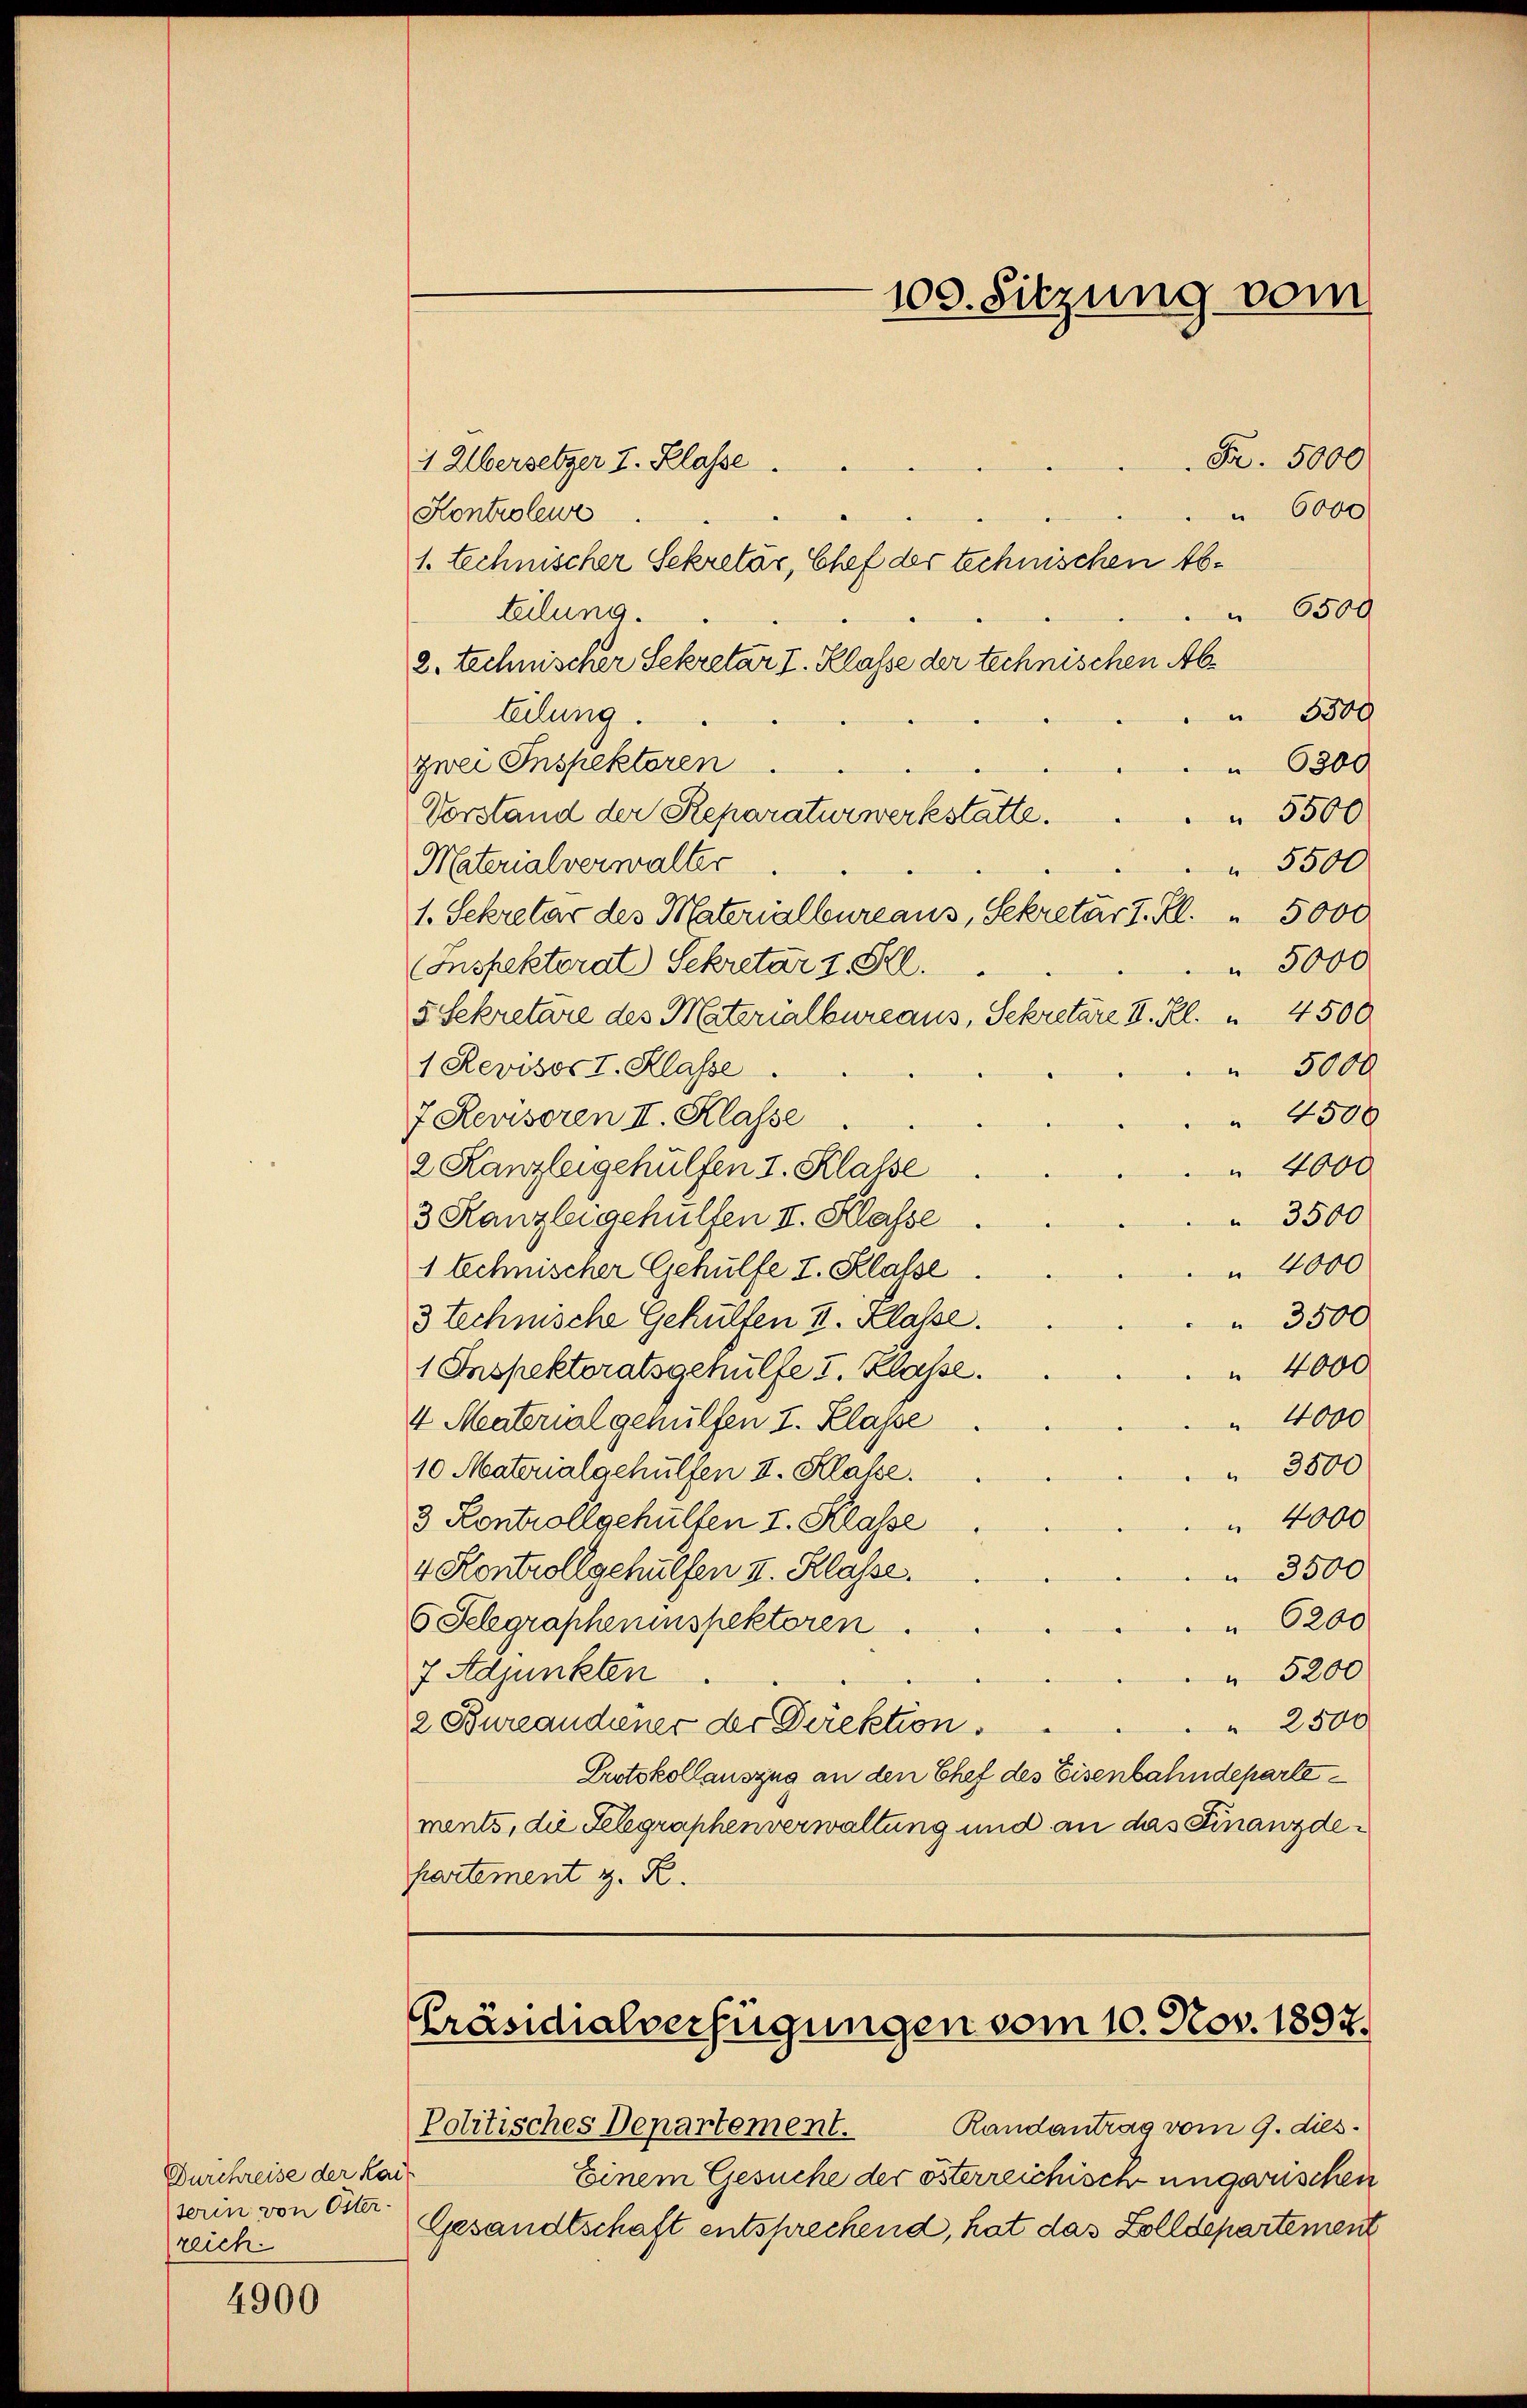
Durchreise der Kais
terin von Öster-
reich

4900

Fr. 5000
1 Übersetzer I. Klasse
" 6000
Kontroleur
1. technischer Sekretär, Chef der technischen Ab¬
6500
teilung.
2. technischer Sekretär I. Klasse der technischen Ab¬
 5300
telung.
zwei Inspektoren
 6300
 5500
Vorstand der Reparaturwerkstätte.
Materialverwalter
 5500
1. Sekretär des Materialbureaus, Sekretär I. Kl. " 5000
 5000
(Inspektorat Sekretär v. Frl.
5 Sekretäre des Materialbureaus, Sekretäre I. Kl. 4500
1 Revisor I. Klasse.
 5000
 4500
7 Revisoren II. Klasse
 4000
2 Kanzleigehülfen I. Klasse
 3500
3 Kanzlei gehülfen II. Klasse
 4000
1 technischer Gehülfe I. Klasse
3 technische Gehülfen u. Klasse.
 3500
 4000
1 Inspektoratsgehülfe I. Klasse.
4000
4 Material genülfen I. Klasse
 3500
10 Materialgehülfen I. Klasse.
4000
3 Kontrollgehülfen I. Klasse
4 Kontrollgehülfen I. Klasse.
 3500
 6200
6 Selgrapheninspektoren
7 Adjunkten
 5200
" 2500
2 Bureaudiener der Direktion
Protokollauszug an den Chef des Eisenbahndepartements, die Telegraphenverwaltung und an das Finanzdepartement z. R.

100. Sitzung vom

Präsidialverfügungen vom 10. Nov. 1897.

Politisches Departement. Randantrag vom 9. dies
Einem Gesuche der österreichisch ungenschen
Gesandtschaft entsprechend, hat das Zolldepartement